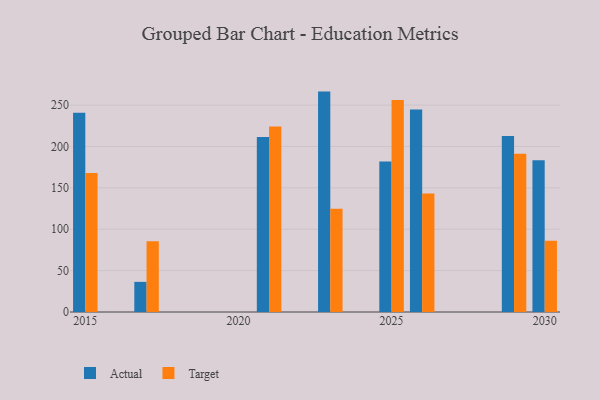
{"axis": {"x": "Year", "y": "Backlog"}, "legend": ["Actual", "Target"], "data": [{"x": "2026", "y": 244.8, "type": "Actual"}, {"x": "2026", "y": 143.2, "type": "Target"}, {"x": "2029", "y": 212.8, "type": "Actual"}, {"x": "2029", "y": 191.3, "type": "Target"}, {"x": "2015", "y": 240.8, "type": "Actual"}, {"x": "2015", "y": 168.0, "type": "Target"}, {"x": "2021", "y": 211.5, "type": "Actual"}, {"x": "2021", "y": 224.2, "type": "Target"}, {"x": "2017", "y": 36.4, "type": "Actual"}, {"x": "2017", "y": 85.5, "type": "Target"}, {"x": "2025", "y": 181.7, "type": "Actual"}, {"x": "2025", "y": 256.1, "type": "Target"}, {"x": "2023", "y": 266.3, "type": "Actual"}, {"x": "2023", "y": 124.7, "type": "Target"}, {"x": "2030", "y": 183.3, "type": "Actual"}, {"x": "2030", "y": 86.1, "type": "Target"}]}